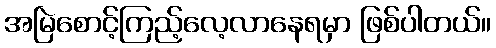
အမြဲစောင့်ကြည့်လေ့လာနေရမှာ ဖြစ်ပါတယ်။